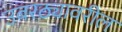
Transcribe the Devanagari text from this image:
उबरठ्यावरील